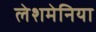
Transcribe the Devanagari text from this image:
लेशमेनिया